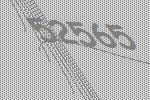
52565